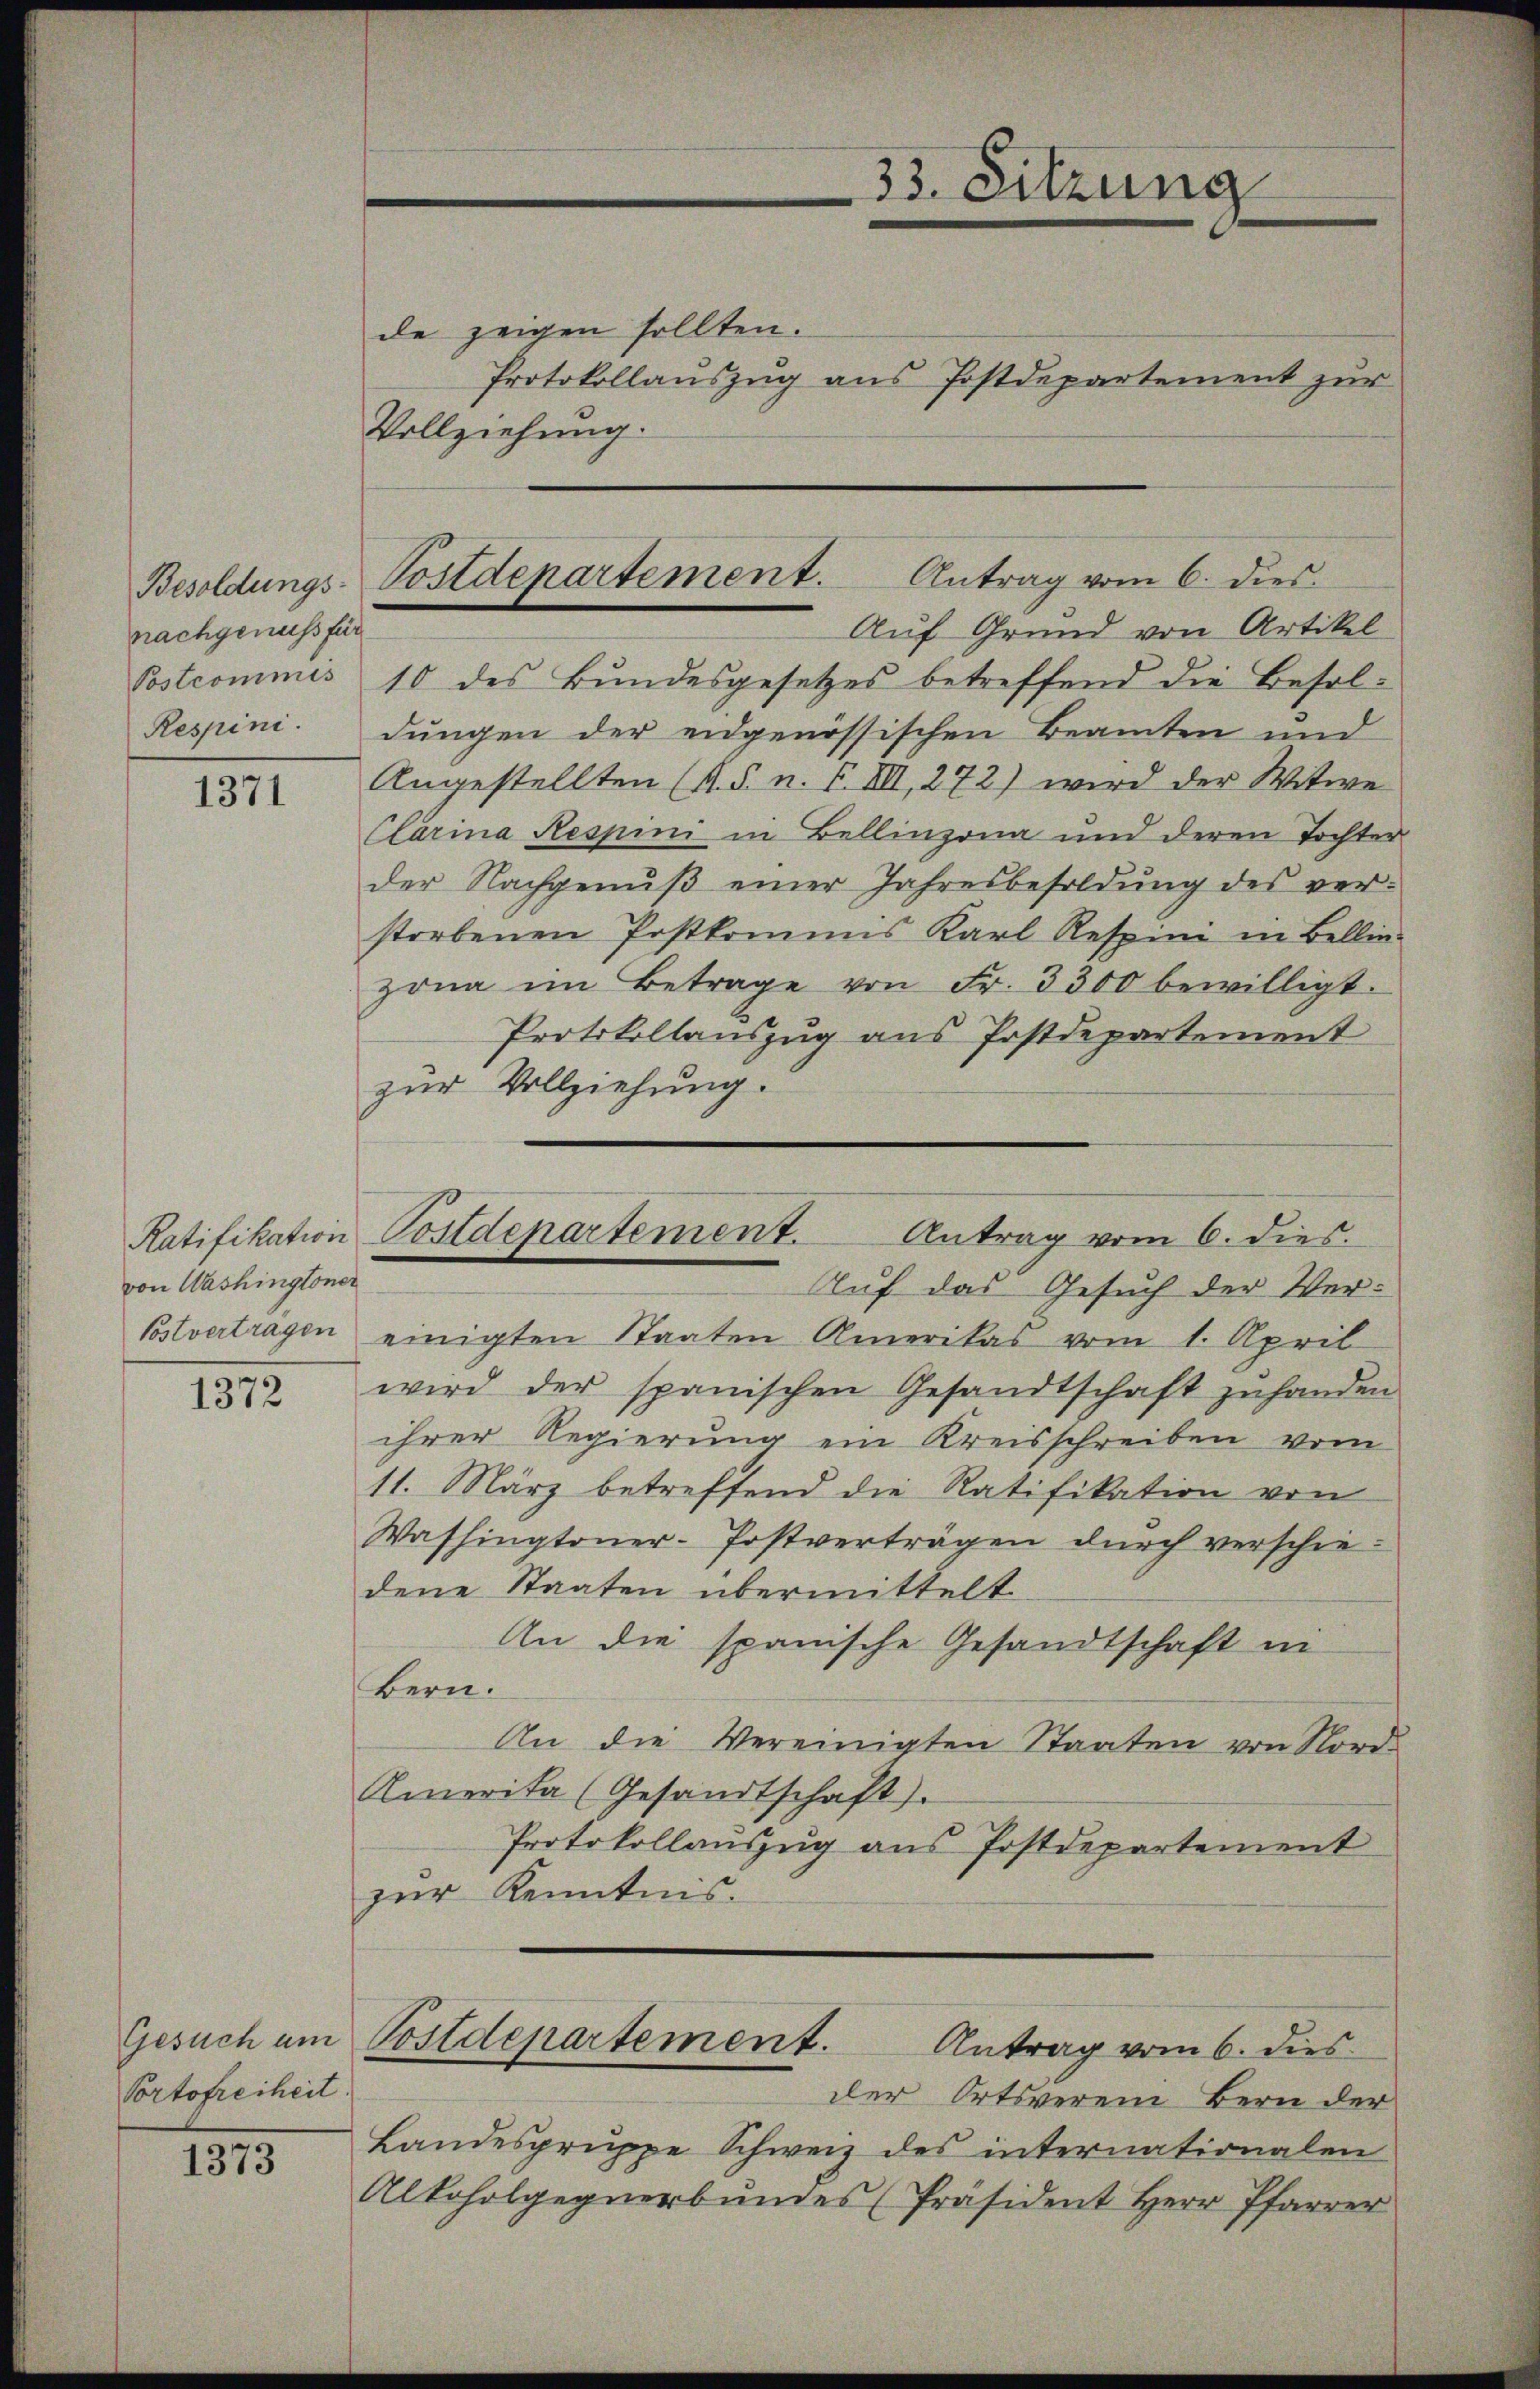
nachgenuss für
Postcommis
Respini.

1371

Ratifikation
von Washingtoner

1372

Gesuch um
Portofreiheit.

1373

de zeigen sollten.
Protokollauszug aus Postdepartement zur
Vollziehung.
Auf Grund von Artikel
10 des Bundesgesetzes betreffend die Besoldungen der eidgenössischen Beamten und
Angestellten (s. S. n. F. VII, 272) wird der Witwe
Clarina Respini in Bellinzona und deren Tochter
der Nachgenuß einer Jahresbesoldung des ver-
storbenen Postkommis Karl Respini in Bellin-
zona im Betrage von Fr. 3300 bewilligt.
Protokollauszug aus Postdepartement
zur Vollziehung.
Auf das Gesuch der Ver¬
Postvertragen einigten Staaten Amerikas vom 1. April
wird der spanischen Gesandtschaft zŭ handen
ihrer Regierung ein Kreisschreiben vom
11. März betreffend die Ratifikation von
Washingtoner-Postverträgen dŭrch verschie-
dene Staaten übermittelt
An die spanische Gesandtschaft in
Bern.
An die Vereinigten Staaten von Nord-
Amerika (Gesandtschaft).
Protokollauszug aus Postdepartement
zur Kenntnis.
Postdepartement.
Antrag vom 6. dies
der Ortsverein Bern der
Landesgruppe Schweiz des internationalen
Alkoholgegnerbŭndes Präsident Herr Pfarrer

33. Sitzung

Besoldungs-Postdepartement. Antrag vom 6. dies

Postdepartement. Antrag vom 6. dies